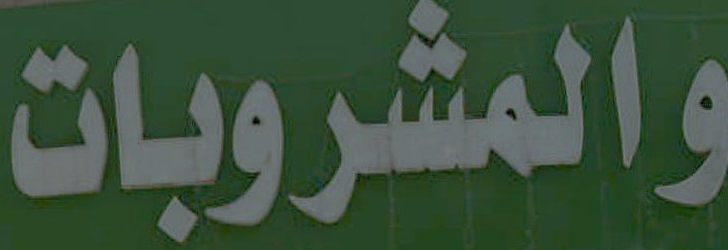
والمشروبات